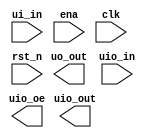
module tt_um_example (
`ifdef TT_WITH_ANALOG
	inout  wire [7:0] ua,		// Analog
`endif
	input  wire [7:0] ui_in,	// Dedicated inputs
	output wire [7:0] uo_out,	// Dedicated outputs
	input  wire [7:0] uio_in,	// IOs: Input path
	output wire [7:0] uio_out,	// IOs: Output path
	output wire [7:0] uio_oe,	// IOs: Enable path (active high: 0=input, 1=output)
	input  wire       ena,
	input  wire       clk,
	input  wire       rst_n
);


endmodule